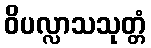
ဝိပလ္လာသသုတ္တံ